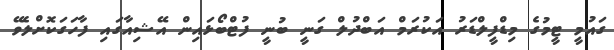
ގައުމީ ޓީމުގެ މިޑްފީލްޑަރު އަކުރަމް އަބްދުލް ގަނީ ބުނީ ފުޓްބޯޅައިން އޭޝިއާގައި ފާހަގަކޮށްލެވޭ